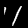
Label: 1